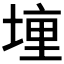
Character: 𫝟